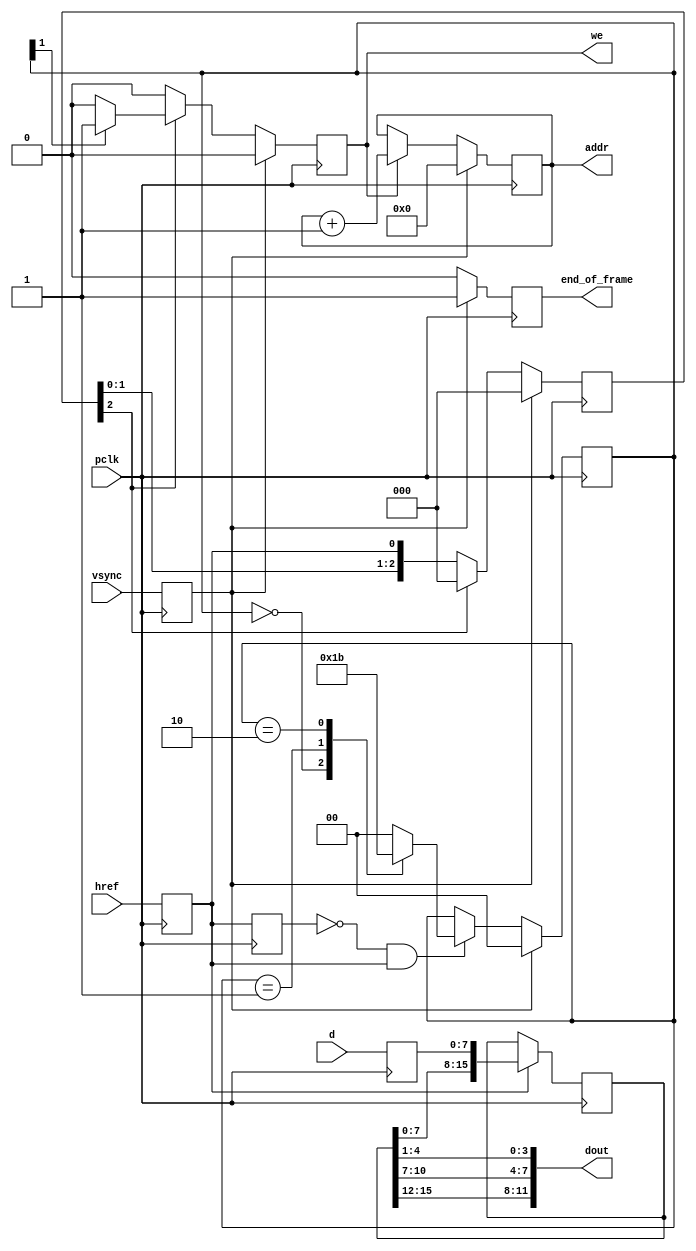
// File digital_cam_impl1/ov7670_capture.vhd translated with vhd2vl v3.0 VHDL to Verilog RTL translator
// vhd2vl settings:
//  * Verilog Module Declaration Style: 2001

// vhd2vl is Free (libre) Software:
//   Copyright (C) 2001 Vincenzo Liguori - Ocean Logic Pty Ltd
//     http://www.ocean-logic.com
//   Modifications Copyright (C) 2006 Mark Gonzales - PMC Sierra Inc
//   Modifications (C) 2010 Shankar Giri
//   Modifications Copyright (C) 2002-2017 Larry Doolittle
//     http://doolittle.icarus.com/~larry/vhd2vl/
//   Modifications (C) 2017 Rodrigo A. Melo
//
//   vhd2vl comes with ABSOLUTELY NO WARRANTY.  Always check the resulting
//   Verilog for correctness, ideally with a formal verification tool.
//
//   You are welcome to redistribute vhd2vl under certain conditions.
//   See the license (GPLv2) file included with the source for details.

// The result of translation follows.  Its copyright status should be
// considered unchanged from the original VHDL.

// Captures the pixels data of each frame coming from the OV7670 camera and 
// Stores them in block RAM
// The length of href controls how often pixels are captive - (2 downto 0) stores
// one pixel every 4 cycles.
// "line" is used to control how often data is captured. In this case every forth 
// line
// no timescale needed

module ov7670_capture(
input wire pclk,
input wire vsync,
input wire href,
input wire [7:0] d,
output wire [16:0] addr,
output wire [11:0] dout,
output wire we,
output wire end_of_frame
);




reg [15:0] d_latch = 1'b0;
reg [16:0] address = 1'b0;
reg [1:0] line = 1'b0;
reg [6:0] href_last = 1'b0;
reg we_reg = 1'b0;
reg href_hold = 1'b0;
reg latched_vsync = 1'b0;
reg latched_href = 1'b0;
reg [7:0] latched_d = 1'b0;
reg end_of_frame_reg = 1'b0;

  assign addr = address;
  assign we = we_reg;
  assign dout = {d_latch[15:12],d_latch[10:7],d_latch[4:1]};
  assign end_of_frame = end_of_frame_reg;
  
  always @(posedge pclk) begin
    if(we_reg == 1'b1) begin
      address <= (address) + 1;
    end
    // This is a bit tricky href starts a pixel transfer that takes 3 cycles
    //        Input   | state after clock tick   
    //         href   | wr_hold    d_latch           dout                we address  address_next
    // cycle -1  x    |    xx      xxxxxxxxxxxxxxxx  xxxxxxxxxxxx  x   xxxx     xxxx
    // cycle 0   1    |    x1      xxxxxxxxRRRRRGGG  xxxxxxxxxxxx  x   xxxx     addr
    // cycle 1   0    |    10      RRRRRGGGGGGBBBBB  xxxxxxxxxxxx  x   addr     addr
    // cycle 2   x    |    0x      GGGBBBBBxxxxxxxx  RRRRGGGGBBBB  1   addr     addr+1
    // detect the rising edge on href - the start of the scan line
    if(href_hold == 1'b0 && latched_href == 1'b1) begin
      case(line)
      2'b00 : begin
        line <= 2'b01;
      end
      2'b01 : begin
        line <= 2'b10;
      end
      2'b10 : begin
        line <= 2'b11;
      end
      default : begin
        line <= 2'b00;
      end
      endcase
    end
    href_hold <= latched_href;
    // capturing the data from the camera, 12-bit RGB
    if(latched_href == 1'b1) begin
      d_latch <= {d_latch[7:0],latched_d};
    end
    we_reg <= 1'b0;
    // Is a new screen about to start (i.e. we have to restart capturing
    if(latched_vsync == 1'b1) begin
      address <= {17{1'b0}};
      href_last <= {7{1'b0}};
      line <= {2{1'b0}};
		end_of_frame_reg <= 1'b1;
    end
    else begin
      // If not, set the write enable whenever we need to capture a pixel
      if(href_last[2] == 1'b1) begin
        if(line[1] == 1'b1) begin
          we_reg <= 1'b1;
        end
        href_last <= {7{1'b0}};
      end
      else begin
        href_last <= {href_last[((6)) - 1:0],latched_href};
      end
		end_of_frame_reg <= 1'b0;
    end
  end

  always @(negedge pclk) begin
    latched_d <= d;
    latched_href <= href;
    latched_vsync <= vsync;
  end


endmodule